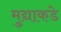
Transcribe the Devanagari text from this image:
मुद्याकडे